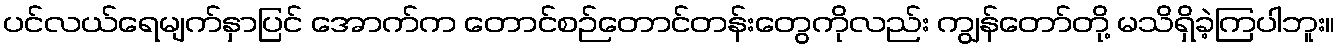
ပင်လယ်ရေမျက်နှာပြင် အောက်က တောင်စဉ်တောင်တန်းတွေကိုလည်း ကျွန်တော်တို့ မသိရှိခဲ့ကြပါဘူး။